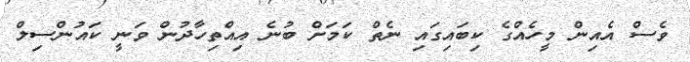
ވެސް އެއިން މީހެއްގެ ކިބައިގައި ނެތް ކަމަށް ބުނެ އިއްތިހާދުން ވަނީ ކައުންސިލް